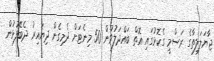
ޖާޔަލަލިތާގެ ރަސްމީ ގެކޮޅުގައި އޮތް ބައްދަލުވުން 50 މިނެޓަށް ދެމިގެން ދިޔައިރު ދެބޭފުޅުން